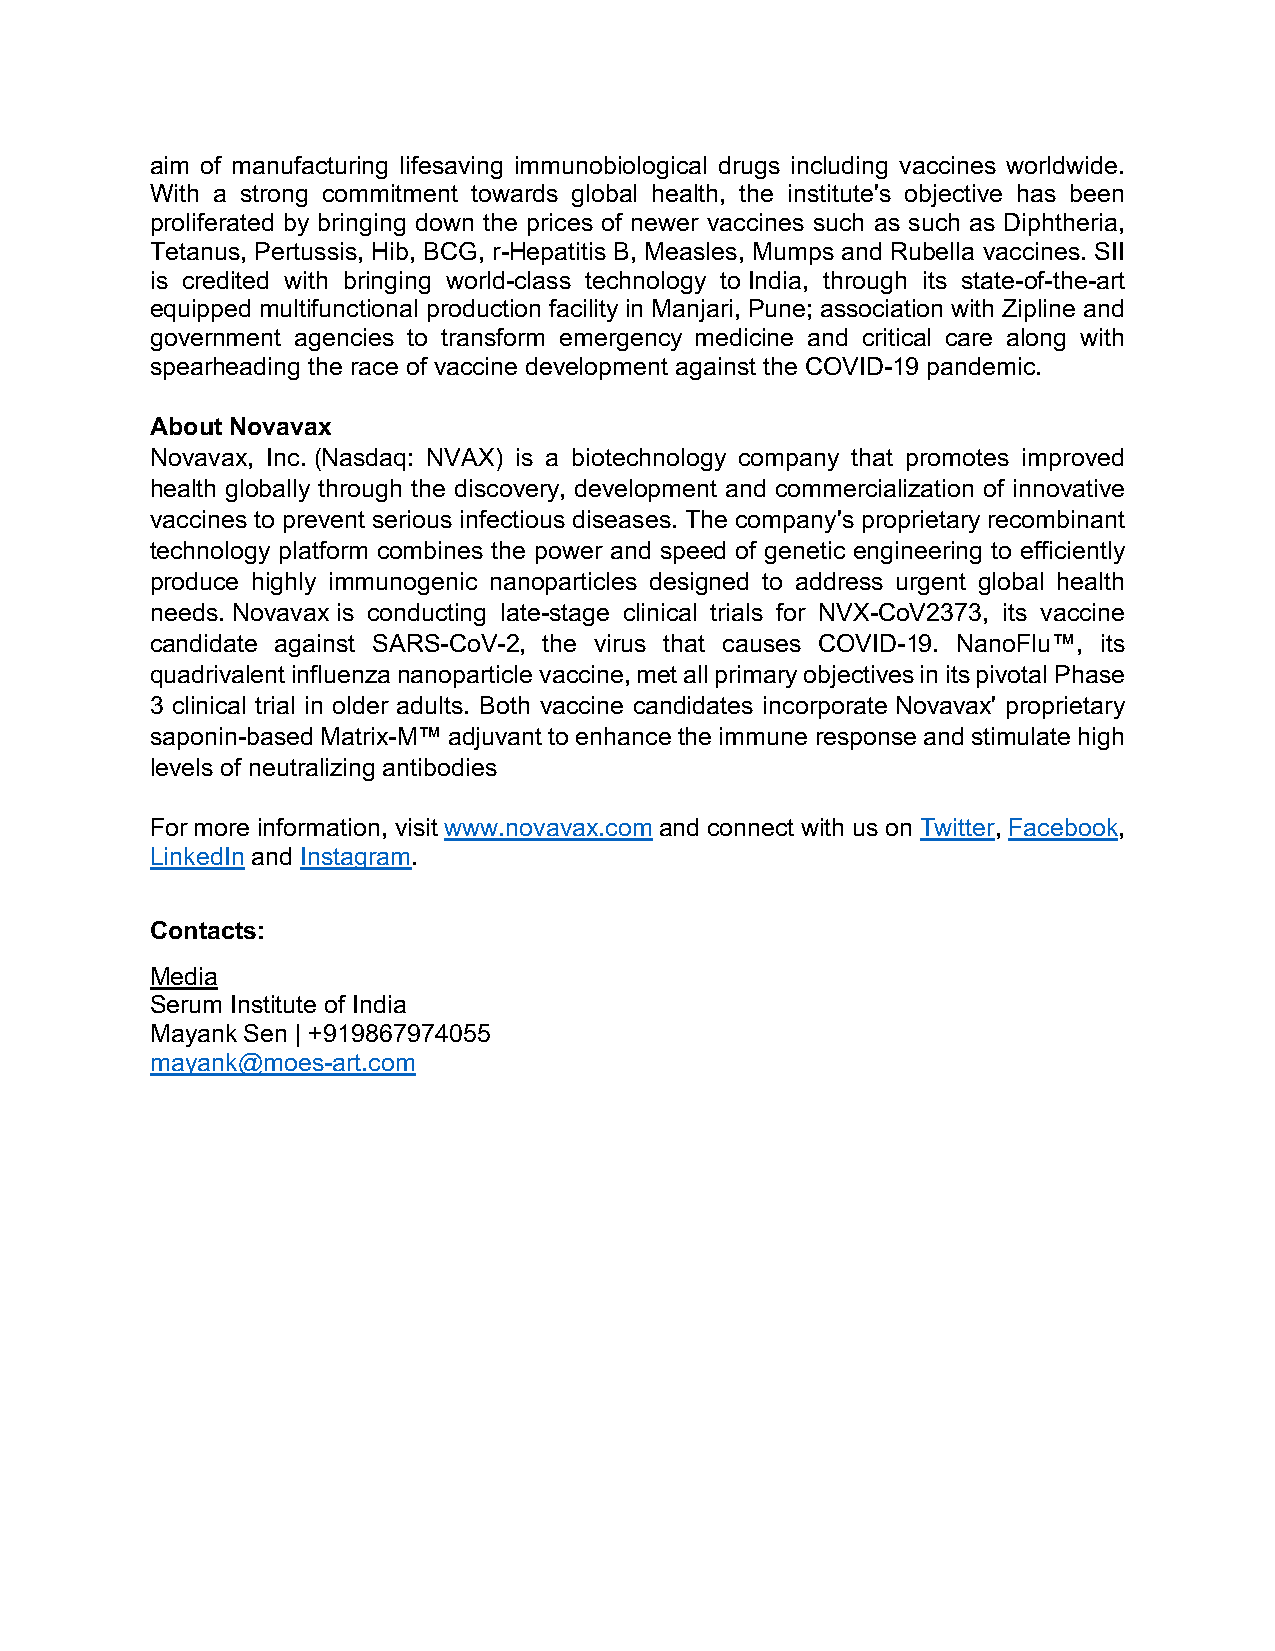
aim of manufacturing lifesaving immunobiological drugs including vaccines worldwide.
 With a strong commitment towards global health, the institute's objective has been
 proliferated by bringing down the prices of newer vaccines such as such as Diphtheria,
 Tetanus, Pertussis, Hib, BCG, r-Hepatitis B, Measles, Mumps and Rubella vaccines. SII
 is credited with bringing world-class technology to India, through its state-of-the-art
 equipped multifunctional production facility in Manjari, Pune; association with Zipline and
 government agencies to transform emergency medicine and critical care along with
 spearheading the race of vaccine development against the COVID-19 pandemic.
 About Novavax
 Novavax, Inc. (Nasdaq: NVAX) is a biotechnology company that promotes improved
 health globally through the discovery, development and commercialization of innovative
 vaccines to prevent serious infectious diseases. The company's proprietary recombinant
 technology platform combines the power and speed of genetic engineering to efficiently
 produce highly immunogenic nanoparticles designed to address urgent global health
 needs. Novavax is conducting late-stage clinical trials for NVX-CoV2373, its vaccine
 candidate against SARS-CoV-2, the virus that causes COVID-19. NanoFlu™, its
 quadrivalent influenza nanoparticle vaccine, met all primary objectives in its pivotal Phase
 3 clinical trial in older adults. Both vaccine candidates incorporate Novavax' proprietary
 saponin-based Matrix-M™ adjuvant to enhance the immune response and stimulate high
 levels of neutralizing antibodies
 For more information, visit www.novavax.com and connect with us on Twitter, Facebook,
 LinkedIn and Instagram.
 Contacts:
 Media
 Serum Institute of India
 Mayank Sen | +919867974055
 mayank@moes-art.com